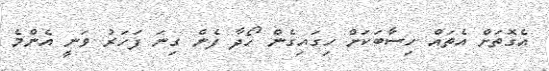
އެގޮތަށް އެތައް ހިސާބަކަށް ހިގައިގެން ހޯދާ ފެން ގިނަ ފަހަރު ވަނީ އެންމެ